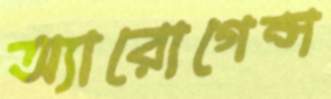
অ্যারোগেন্স